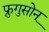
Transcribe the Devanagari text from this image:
फ्रुगुसोन्